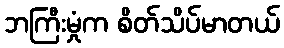
ဘကြီးမှုံက စိတ်သိပ်မာတယ်